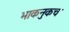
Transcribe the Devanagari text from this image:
भाकनुकच